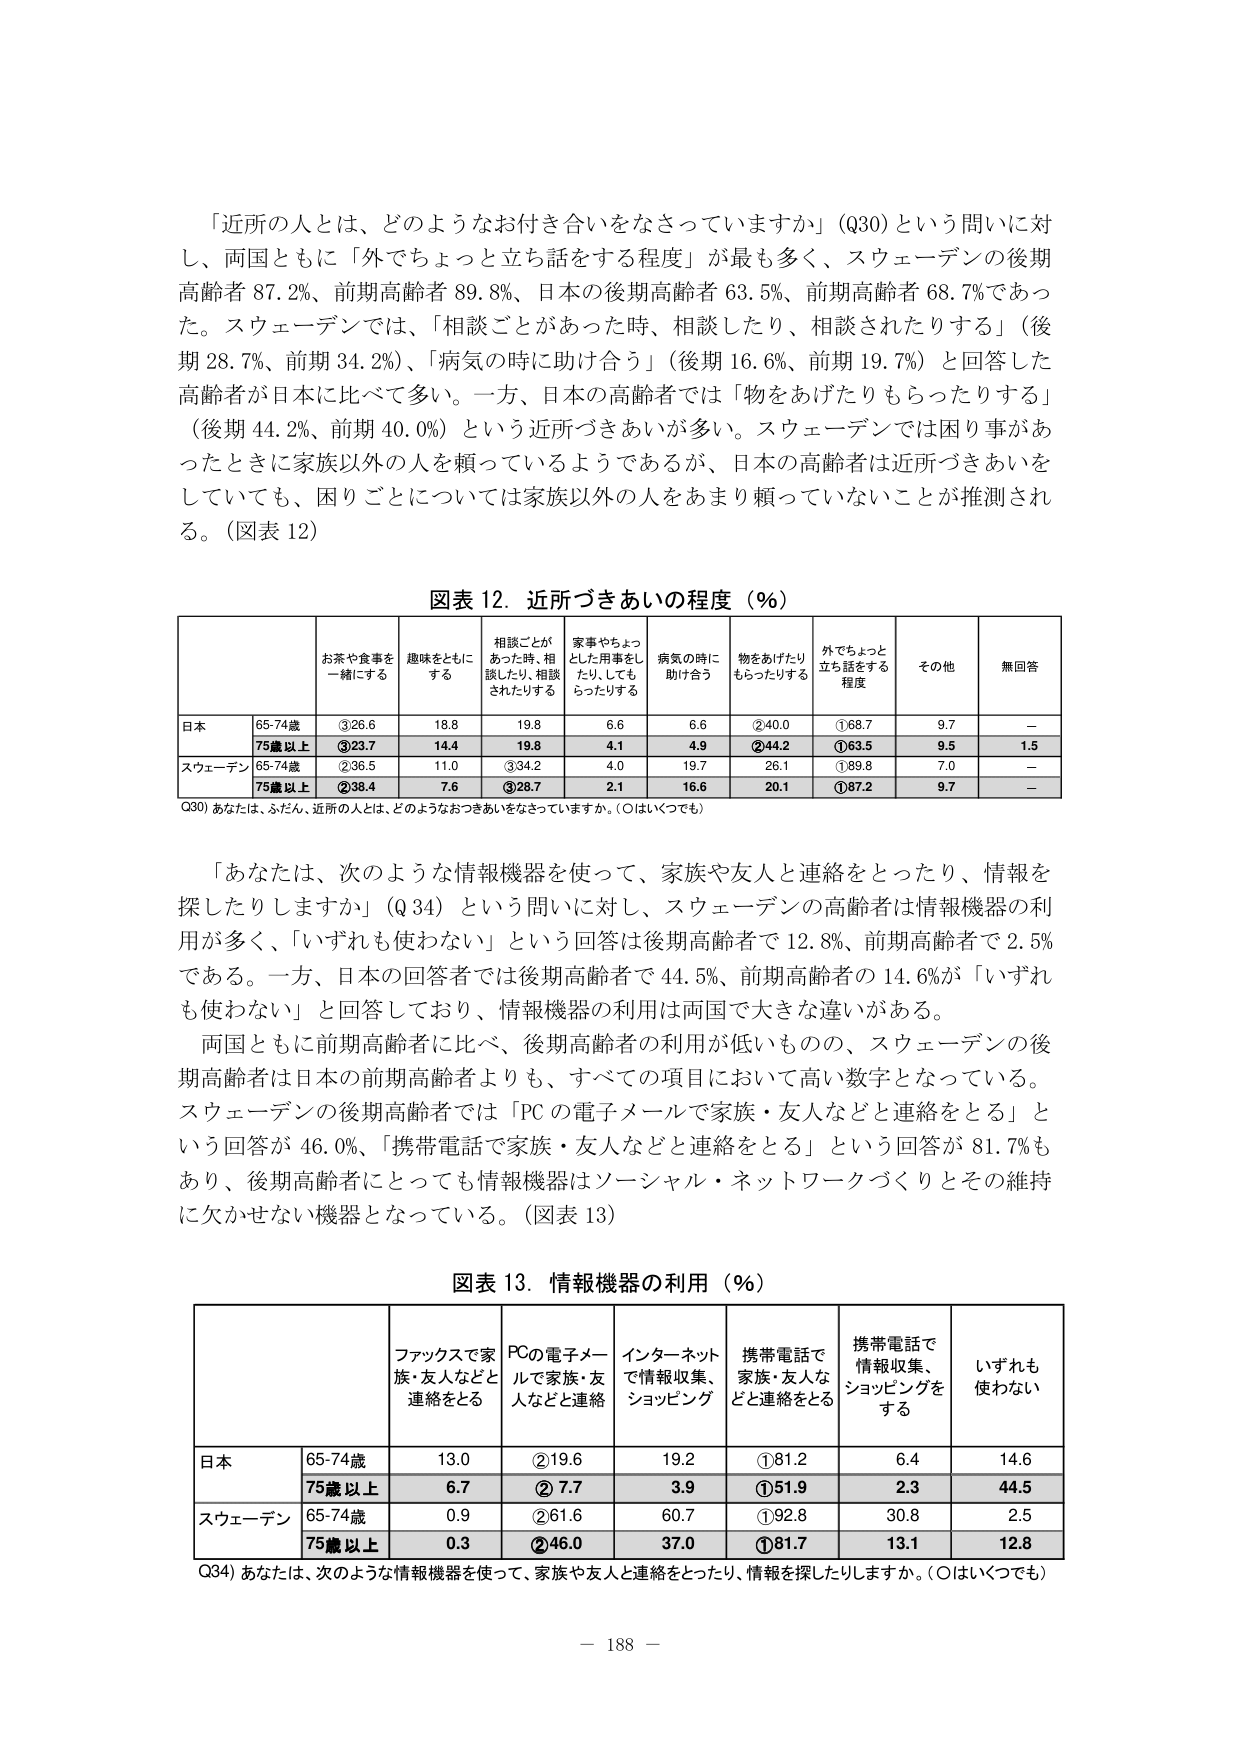
「近所の人とは、どのようなお付き合いをなさっていますか」（Q30）という問いに対し、両国ともに「外でちょっと立ち話をする程度」が最も多く、スウェーデンの後期高齢者 87.2%、前期高齢者 89.8%、日本の後期高齢者 63.5%、前期高齢者 68.7%であった。スウェーデンでは、「相談ごとがあった時、相談したり、相談されたりする」（後期 28.7%、前期 34.2%）、「病気の時に助け合う」（後期 16.6%、前期 19.7%）と回答した高齢者が日本に比べて多い。一方、日本の高齢者では「物をあげたりもらったりする」（後期 44.2%、前期 40.0%）という近所づきあいが多い。スウェーデンでは困り事があったときに家族以外の人を頼っているようであるが、日本の高齢者は近所づきあいをしていても、困りごとについては家族以外の人をあまり頼っていないことが推測される。（図表 12）

図表 12. 近所づきあいの程度（％）

| | お茶や食事を一緒にする | 趣味をともにする | 相談ごとがあった時、相談したり、相談されたりする | 家事やちょっとした用事をしたり、してもらったりする | 病気の時に助け合う | 物をあげたりもらったりする | 外でちょっと立ち話をする程度 | その他 | 無回答 |
|---|---|---|---|---|---|---|---|---|---|
| 日本 | 65-74歳 | ③26.6 | 18.8 | 19.8 | 6.6 | 6.6 | ②40.0 | ①68.7 | 9.7 | — |
| | 75歳以上 | ③23.7 | 14.4 | 19.8 | 4.1 | 4.9 | ②44.2 | ①63.5 | 9.5 | 1.5 |
| スウェーデン | 65-74歳 | ②36.5 | 11.0 | ③34.2 | 4.0 | 19.7 | 26.1 | ①89.8 | 7.0 | — |
| | 75歳以上 | ②38.4 | 7.6 | ③28.7 | 2.1 | 16.6 | 20.1 | ①87.2 | 9.7 | — |

Q30) あなたは、ふだん、近所の人とは、どのようなおつきあいをなさっていますか。（○はいくつでも）

「あなたは、次のような情報機器を使って、家族や友人と連絡をとったり、情報を探したりしますか」（Q34）という問いに対し、スウェーデンの高齢者は情報機器の利用が多く、「いずれも使わない」という回答は後期高齢者で 12.8%、前期高齢者で 2.5%である。一方、日本の回答者では後期高齢者で 44.5%、前期高齢者の 14.6%が「いずれも使わない」と回答しており、情報機器の利用は両国で大きな違いがある。

両国ともに前期高齢者に比べ、後期高齢者の利用が低いものの、スウェーデンの後期高齢者は日本の前期高齢者よりも、すべての項目において高い数字となっている。スウェーデンの後期高齢者では「PCの電子メールで家族・友人などと連絡をとる」という回答が 46.0%、「携帯電話で家族・友人などと連絡をとる」という回答が 81.7%もあり、後期高齢者にとっても情報機器はソーシャル・ネットワークづくりとその維持に欠かせない機器となっている。（図表 13）

図表 13. 情報機器の利用（％）

| | ファックスで家族・友人などと連絡をとる | PCの電子メールで家族・友人などと連絡 | インターネットで情報収集、ショッピング | 携帯電話で家族・友人などと連絡をとる | 携帯電話で情報収集、ショッピングをする | いずれも使わない |
|---|---|---|---|---|---|---|
| 日本 | 65-74歳 | 13.0 | ②19.6 | 19.2 | ①81.2 | 6.4 | 14.6 |
| | 75歳以上 | 6.7 | ②7.7 | 3.9 | ①51.9 | 2.3 | 44.5 |
| スウェーデン | 65-74歳 | 0.9 | ②61.6 | 60.7 | ①92.8 | 30.8 | 2.5 |
| | 75歳以上 | 0.3 | ②46.0 | 37.0 | ①81.7 | 13.1 | 12.8 |

Q34) あなたは、次のような情報機器を使って、家族や友人と連絡をとったり、情報を探したりしますか。（○はいくつでも）

— 188 —